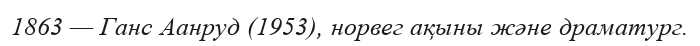
1863 — Ганс Аанруд (1953), норвег ақыны және драматург.